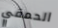
الحمقي